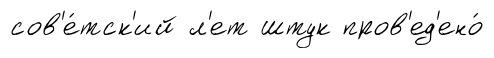
сов'е́тск'ий л'ет штук пров'ед'ено́